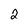
Character: 2